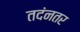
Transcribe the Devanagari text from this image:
तदंनतर